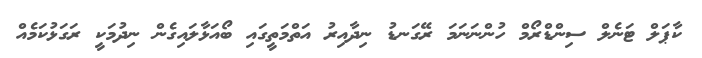
ކާޕަލް ޓަނެލް ސިންޑްރޯމް ހުންނަނަމަ ރޭގަނޑު ނިދާއިރު އަތްމަތީގައި ބޯއަޅާލައިގެން ނިދުމަކީ ރަގަޅުކަމެއް